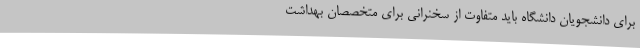
برای دانشجویان دانشگاه باید متفاوت از سخنرانی برای متخصصان بهداشت